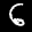
Label: 6